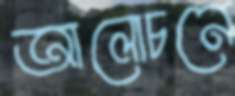
আলোচনে